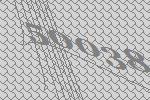
50038